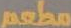
مطعم